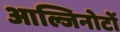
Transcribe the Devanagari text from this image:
आल्जिनोटों